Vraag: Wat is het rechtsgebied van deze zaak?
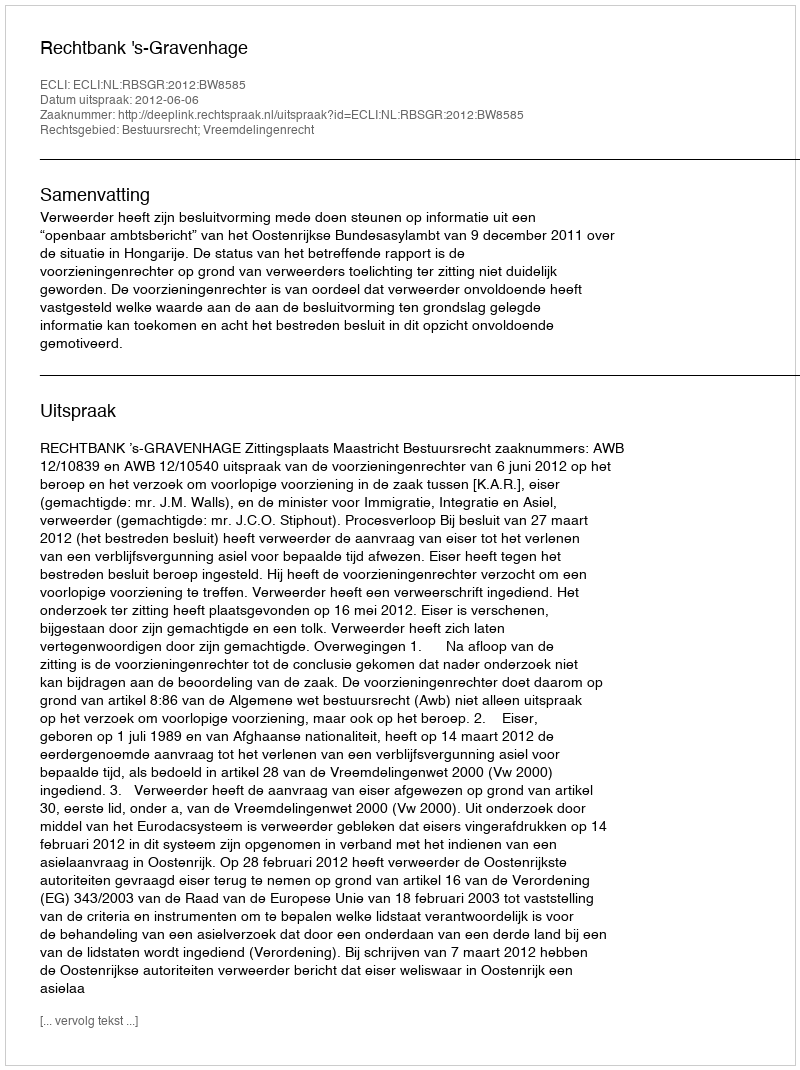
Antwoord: Bestuursrecht; Vreemdelingenrecht